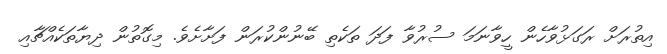
އިތުރަށް ރަގަޅުވާހެން ހީވާނަމަ ސުރުވާ ފަދަ ތަކެތި ބޭނުންކުރަން ފަށާށެވެ. މިގޮތުން ދިޔާތަކެއްޗާއި